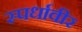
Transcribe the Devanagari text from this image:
स्पर्धावीर